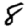
Digit: 8